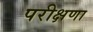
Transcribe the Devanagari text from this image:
परीक्षणा